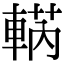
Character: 𨌣